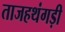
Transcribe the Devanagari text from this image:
ताजहथंगड़ी